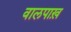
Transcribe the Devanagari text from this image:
वालपाख़